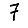
Digit: 7